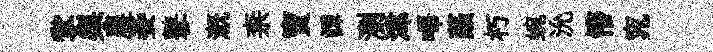
掌梨農妾鼕溉柰寶譚瀏湋嗶蕪朽蜿沇懵窕